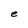
Character: e